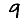
Digit: 9